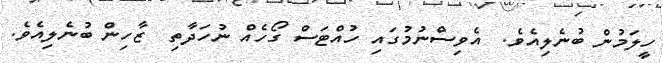
ހީލަމުން ބުނެލިއެވެ.  އެވިސްނުމުގައި ހުއްޓަސް ގޯހެއް ނުހަދާތި  ޒާހިން ބުނެލިއެވެ.